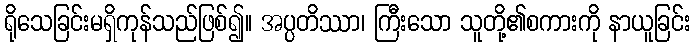
ရိုသေခြင်းမရှိကုန်သည်ဖြစ်၍။ အပ္ပတိဿာ၊ ကြီးသော သူတို့၏စကားကို နာယူခြင်း